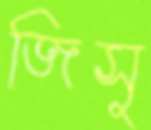
জিসু